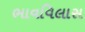
ભાવવિલાસ